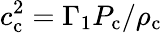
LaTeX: c_{\mathrm{c}}^{2}=\Gamma_{1}P_{\mathrm{c}}/\rho_{\mathrm{c}}